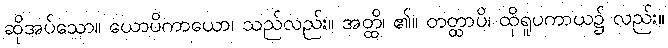
ဆိုအပ်သော။ ယောပိကာယော၊ သည်လည်း။ အတ္ထိ၊ ၏။ တတ္ထာပိ၊ ထိုရူပကာယ၌ လည်း။